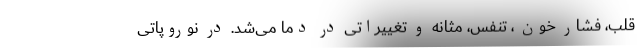
قلب، فشار خون ، تنفس، مثانه و تغییراتی در دما می‌شد. در نوروپاتی